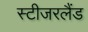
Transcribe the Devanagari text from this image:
स्टीजरलैंड